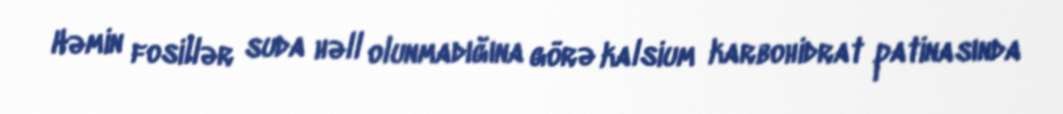
Həmin fosillər suda həll olunmadığına görə kalsium karbohidrat patinasında